Annual report of the Prince of Wales Medical College, Patna
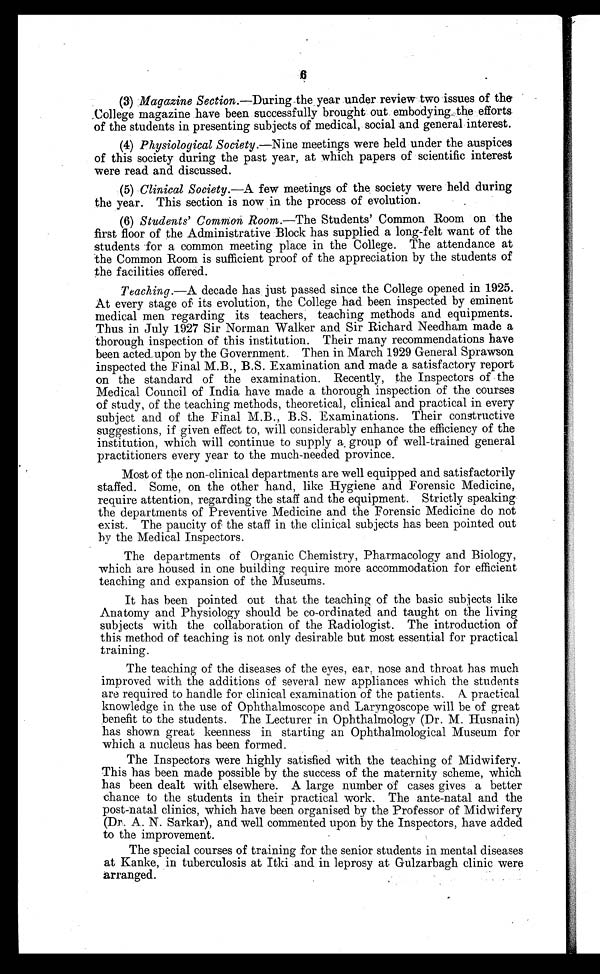
6
(3) Magazine Section.—During the year under review two issues of the
College magazine have been successfully brought out embodying the efforts
of the students in presenting subjects of medical, social and general interest.
(4) Physiological Society. —Nine meetings were held under the auspices
of this society during the past year, at which papers of scientific interest
were read and discussed.
(5) Clinical Society.—A few meetings of the society were held during
the year. This section is now in the process of evolution.
(6) Students' Common Room.—The Students' Common Room on the
first floor of the Administrative Block has supplied a long-felt want of the
students for a common meeting place in the College. The attendance at
the Common Room is sufficient proof of the appreciation by the students of
the facilities offered.
Teaching.—A decade has just passed since the College opened in 1925.
At every stage of its evolution, the College had been inspected by eminent
medical men regarding its teachers, teaching methods and equipments.
Thus in July 1927 Sir Norman Walker and Sir Richard Needham made a
thorough inspection of this institution. Their many recommendations have
been acted upon by the Government. Then in March 1929 General Sprawson
inspected the Final M.B., B.S. Examination and made a satisfactory report
on the standard of the examination. Recently, the Inspectors of the
Medical Council of India have made a thorough inspection of the courses
of study, of the teaching methods, theoretical, clinical and practical in every
subject and of the Final M.B., B.S. Examinations. Their constructive
suggestions, if given effect to, will considerably enhance the efficiency of the
institution, which will continue to supply a group of well-trained general
practitioners every year to the much-needed province.
Most of the non-clinical departments are well equipped and satisfactorily
staffed. Some, on the other hand, like Hygiene and Forensic Medicine,
require attention, regarding the staff and the equipment. Strictly speaking
the departments of Preventive Medicine and the Forensic Medicine do not
exist. The paucity of the staff in the clinical subjects has been pointed out
by the Medical Inspectors.
The departments of Organic Chemistry, Pharmacology and Biology,
which are housed in one building require more accommodation for efficient
teaching and expansion of the Museums.
It has been pointed out that the teaching of the basic subjects like
Anatomy and Physiology should be co-ordinated and taught on the living
subjects with the collaboration of the Radiologist. The introduction of
this method of teaching is not only desirable but most essential for practical
training.
The teaching of the diseases of the eyes, ear nose and throat has much
improved with the additions of several new appliances which the students
are required to handle for clinical examination of the patients. A. practical
knowledge in the use of Ophthalmoscope and Laryngoscope will be of great
benefit to the students. The Lecturer in Ophthalmology (Dr. M. Husnain)
has shown great keenness in starting an Ophthalmological Museum for
which a nucleus has been formed.
The Inspectors were highly satisfied with the teaching of Midwifery.
This has been made possible by the success of the maternity scheme, which
has been dealt with elsewhere. A large number of cases gives a better
chance to the students in their practical work. The ante-natal and the
post-natal clinics, which have been organised by the Professor of Midwifery
(Dr. A. N. Sarkar), and well commented upon by the Inspectors, have added
to the improvement.
The special courses of training for the senior students in mental diseases
at Kanke, in tuberculosis at Itki and in leprosy at Gulzarbagh clinic were
arranged.